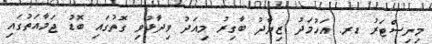
މިނިސްޓަރު ޑރ. އަހުމަދު ޒިޔާދު ބާގިރު މިއަދު ވިދާޅުވި ގޮތުގައި ބޮޑު ޖަމާއަތުގައި